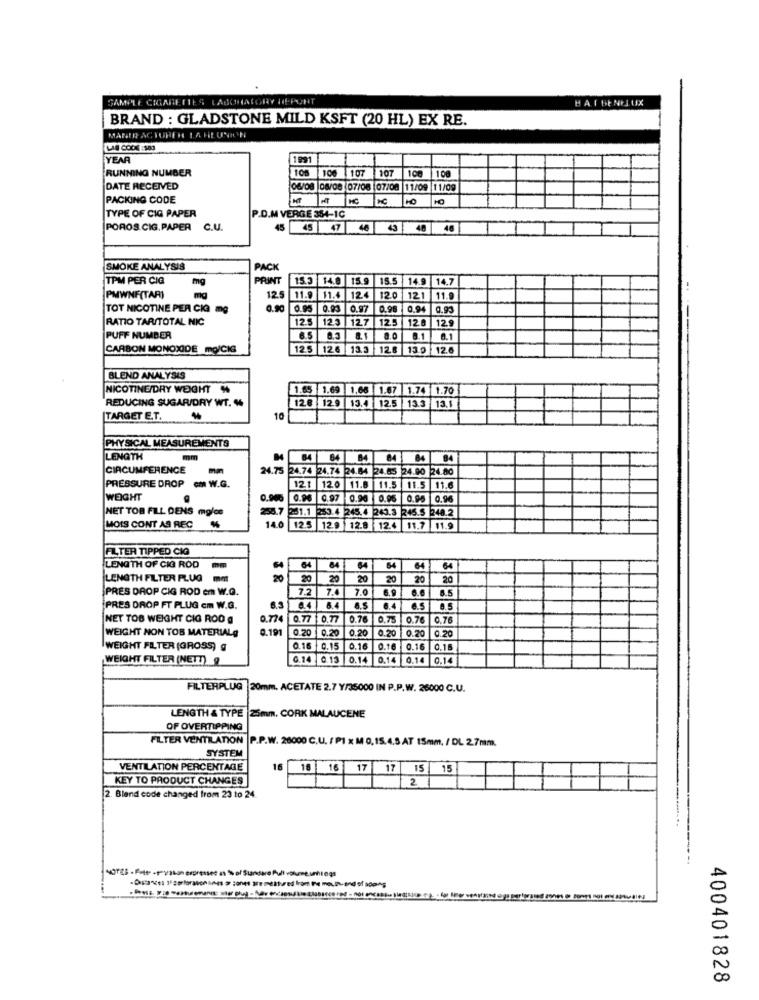
SAMPLE CIGARETTES LABORATORY HEPUNT
BATBENELUX
BRAND : GLADSTONE MILD KSFT (20 HL) EX RE.
MARER ACTURER LA REUNION
LAE COOK -503
YEAR
RUNNING NUMBER
100
106 107
107
108
108
DATE RECEIVED
06/08 08/08 :07/08 07/08 11/09 11/09
PACKING CODE
HT
HC
TYPE OF CIG PAPER
P.D.M VERGE 3M-1C
POROS CIG, PAPER
C.U.
45
45 4
148 46
SMOKE ANALYSIS
PACK
TPM PER CIQ
mg
PRINT
15.3 14.8 15.9 15.5 14.9 14.7
PMWNF(TAR)
mg
12.5
11.9
11.4
124
120 121 11.9
TOT NICOTINE PER CIA mg
0.90
0.95
0.93
0.97 0.98 0.94
RATIO TARITOTAL NIC
125
12.3 12.7 125
12.8 12.9
PUFF NUMBER
8.1
8.0
CARBON MONOXIDE MO/CIG
12.5 126 133 128 13.9 12.6
BLEND ANALYSIS
NICOTINE/DRY WEIGHT %
1.65 1.69 1,66 1.67 1.74 1.70
128 12.9 13.4
REDUCING SUGAR/DRY WT. "
12.5 13.3 13.5
TARGET ET.
10
PHYSICAL MEASUREMENTS
LENGTH
mm
64
64
84
84 84
84
CIRCUMFERENCE
24.74 24.74 24.84 24.63 24.00 24.80
PRESSURE DROP cm W.G.
121
120
11.8
11.5
11.5
11.6
WEIGHT
0.900
0.96 0.97
0.96
0.90
0.96
NET TOR FILL DENS mglos
255.7 251.1 253.4 245.4 243.3
258.
245.5 248.2
MOIS CONT AS REC
140
12.5 12.9 12.8
12.4
11.7 11.9
FILTER TIPPED CIG
LENGTH OF CIG ROD
64
64
84
64
64
64
64
LENGTH FILTER FLUG mm
20
20
20
20
20
20
20
PRES DROP CIG ROD em W.Q.
7.4
7.0
6.9
6.6
PRES DROP FT PLUG cm W.G.
6.4
6.5
NET TOS WEIGHT CIG ROD @
0.774
0.77
$ 0.77
0.76
0.75
0.76
0.76
WEIGHT NON TOS MATERIALg
0.191 0.20
0.20
0.20
0.20
0.20
0.20
WEIGHT FILTER (GROSS) g
0.16 0.15 0.16
0.16 0.16 0.15
WEIGHT FILTER (NETT) 9
G.14 0.13 0.14 0.14 0.14 0.14
FILTERPLUG |20mm. ACETATE 2.7 Y/35000 IN P.P.W. 26000 C.U.
LENGTH & TYPE |25mm. CORK MALAUCENE
OF OVERTIPPING
FILTER VENTILATION P.P.W. 26000 C.U. / P1 x M 0, 15,4,5 AT 15mm. / DL 27mm.
SYSTEM
VENTILATION PERCENTAGE
16
16 16 17 17 15 15
KEY TO PRODUCT CHANGES
2
2. Blend code changed from 23 to 24.
400401828